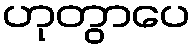
ဟုတွာပေ